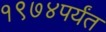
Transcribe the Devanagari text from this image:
१९७४पर्यंत